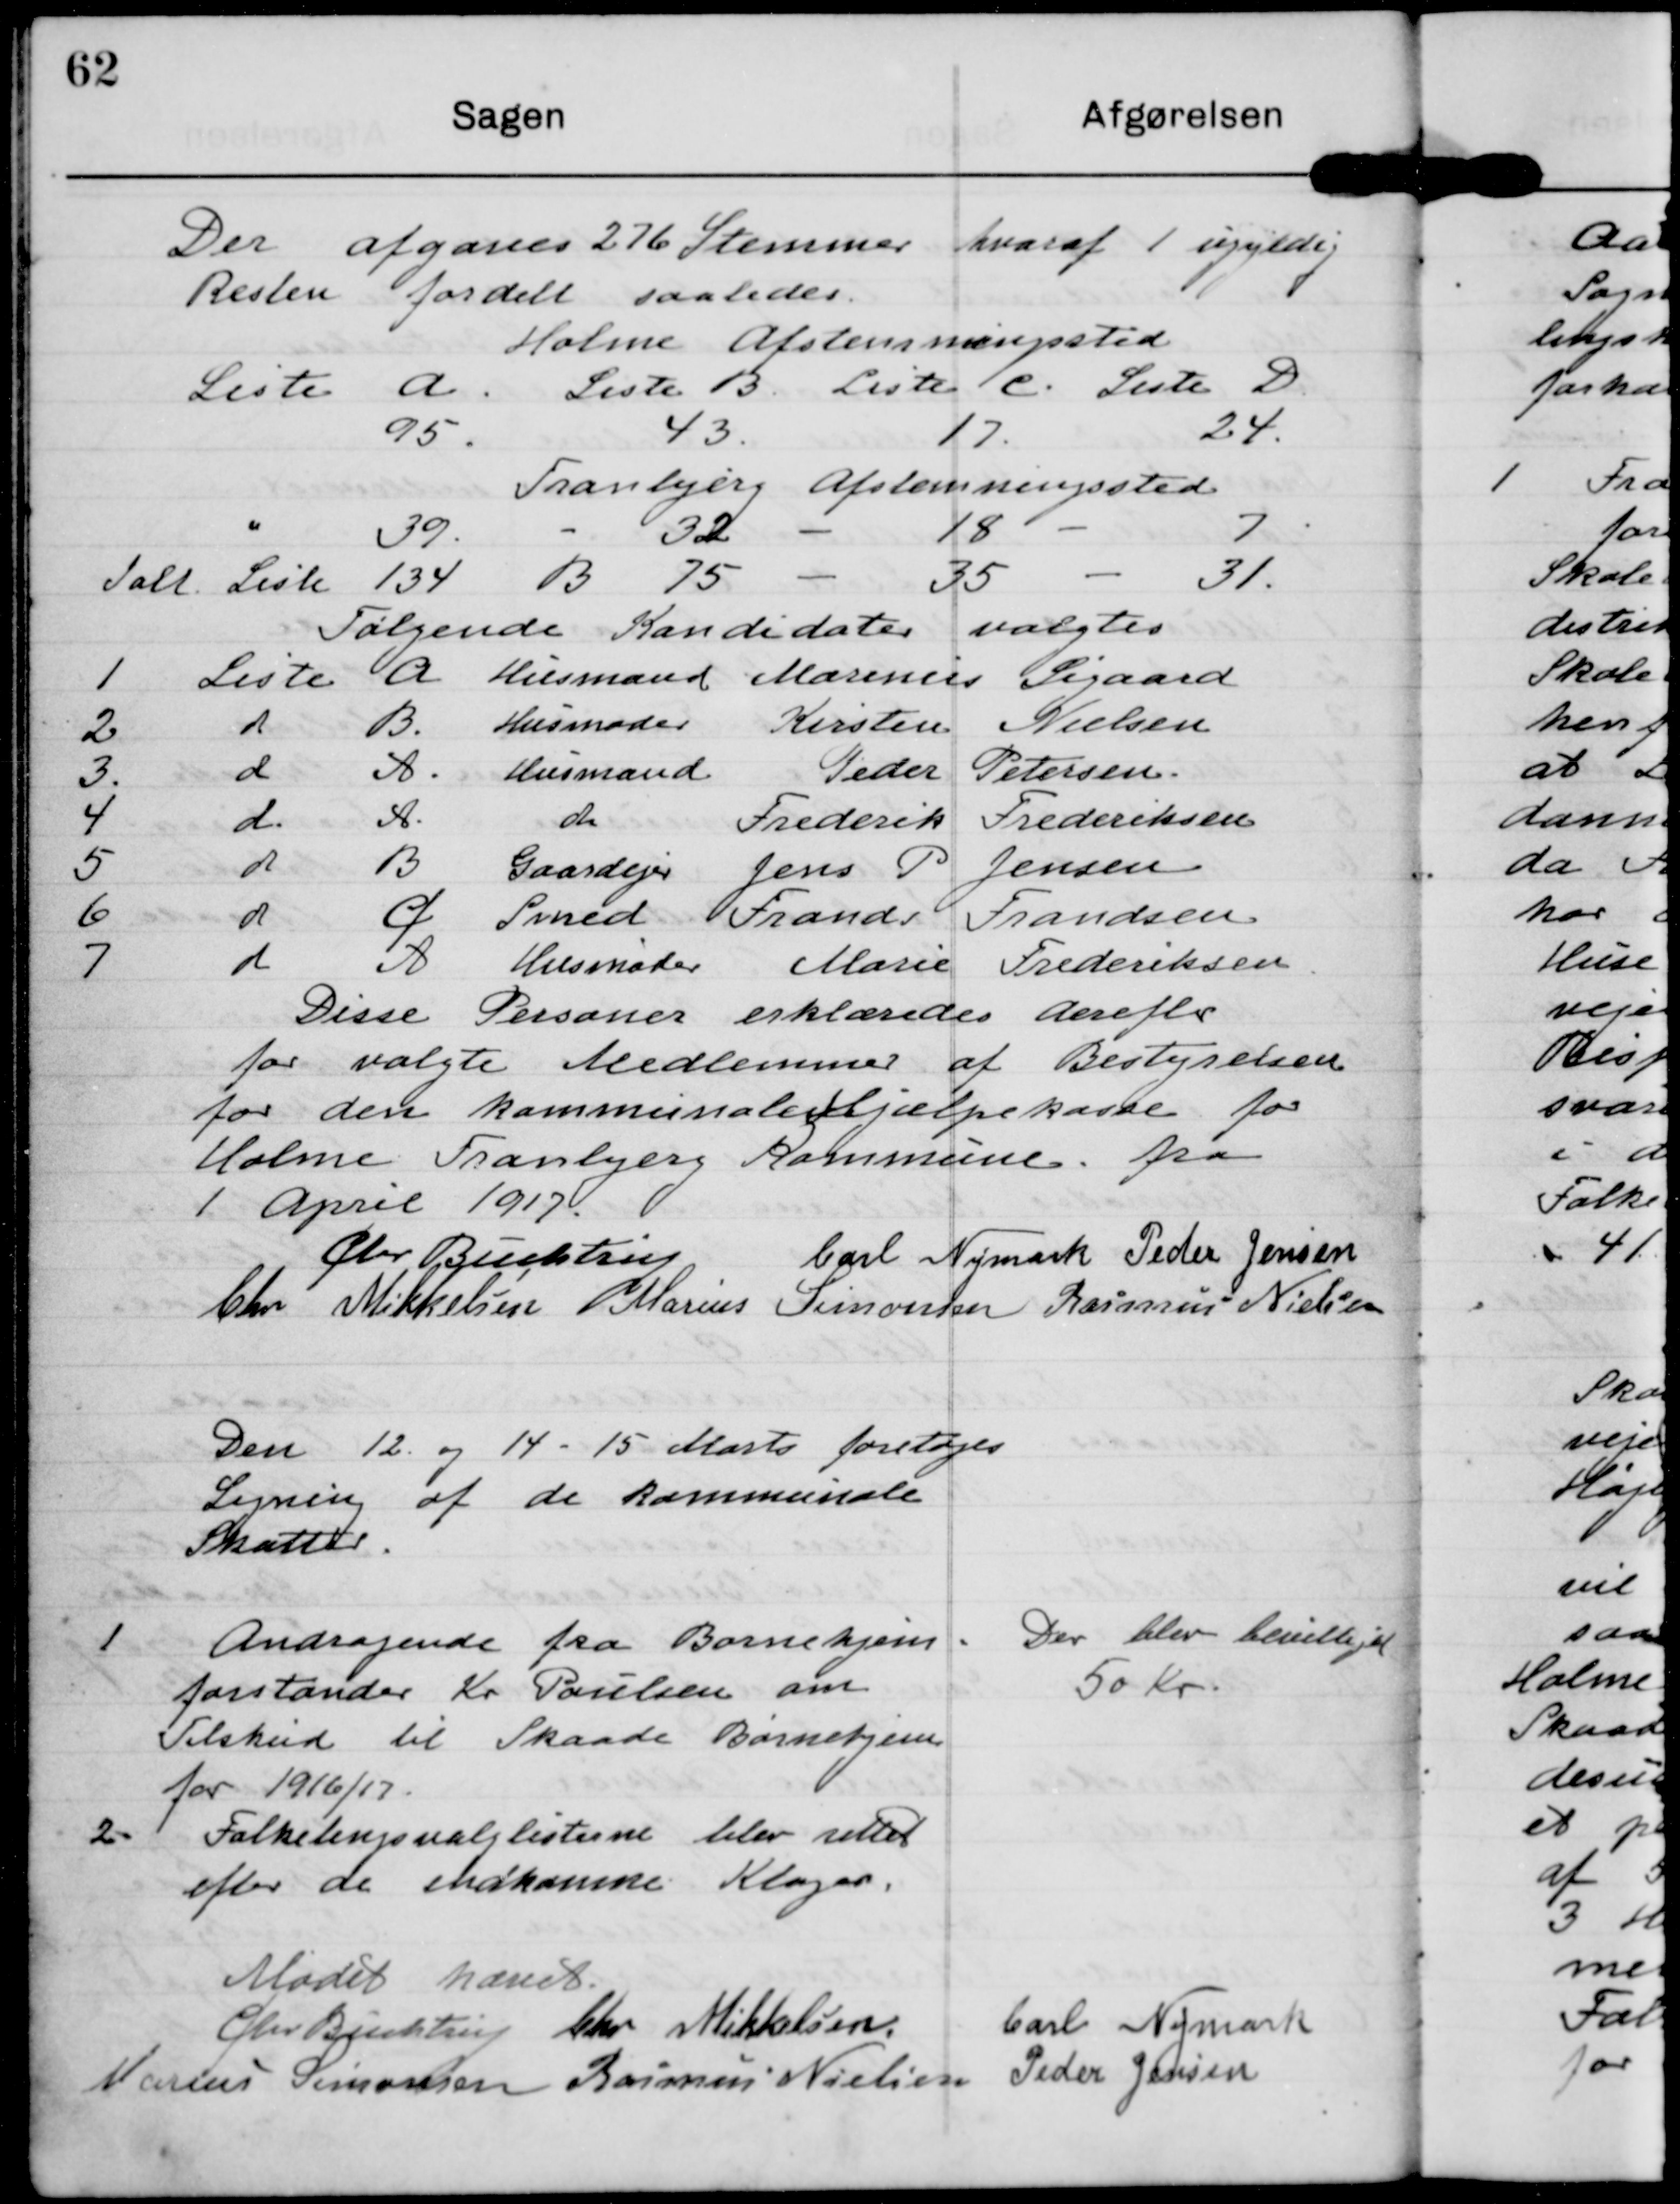
Transskription:
Der afgaves 276 Stemmer hvoraf 1 ugyldig
Resten fordelt saaledes

Følgende Kandidater valgtes
1
Liste A Husmand Marinus Sigaard
2
Liste B Husmoder Kirsten Nielsen
3
Liste D Husmand Peder Petersen
8
Liste D Husmand Frederik Frederiksen
5
Liste B Gaardejer Jens P Jensen
6
Liste C Smed Frands Frandsen
7
Liste D Husmoder Marie Frederiksen
Disse Personer erklæredes derefter
for valgte Medlemmer af Bestyrelsen
for den kommunale Hjælpekasse for
Holme Tranbjerg Kommune fra

1 April 1917

Chr Buchtrup

Carl Nymark

Peder Jensen

Chr Mikkelsen

Marius Simonsen

Rasmus Nielsen

Den 12. og 14-15 Marts foretoges
Ligning af de kommunale
Skatter

1
Andragende fra Børnehjems-
forstander Kr Poulsen om
Tilskud til Skaade Børnehjem
for 1916/17.

Der blev bevilliget
50 Kr

2. Folketingsvalglisterne blev rettet
efter de indkomne Klager.

Mødet hævet

Chr Buchtrup

Chr Mikkelsen

Carl Nymark

Marius Simonsen

Rasmus Nielsen

Peder Jensen

Holme Afstemningssted
Liste A Liste B Liste C Liste D
95
43
17
24
Tranbjerg Aafstemningssted
39
32
18
7
Ialt Liste 134
B 75
35
31